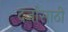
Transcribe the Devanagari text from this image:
दर्जासाठी